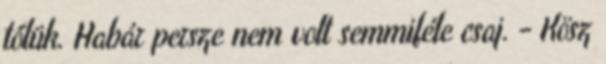
tőlük. Habár persze nem volt semmiféle csaj. - Kösz